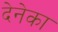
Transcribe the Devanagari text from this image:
देनेका